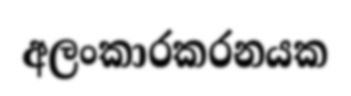
අලංකාරකරනයක